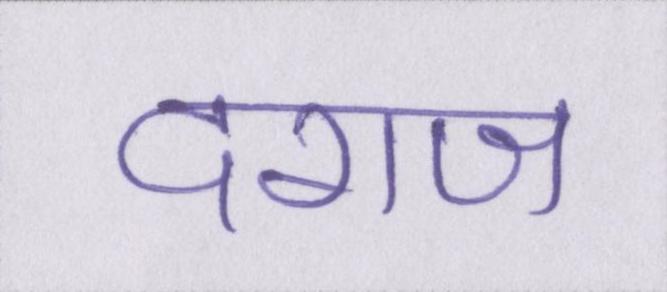
दराज